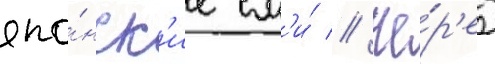
япо́нск'ие см'и́ // Че́р'ез